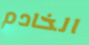
الخادم